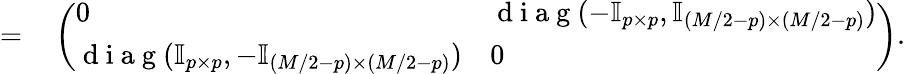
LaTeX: \begin{array}{rl}{=}&{{}\left(\begin{array}{ll}{0}&{\mathrm{~d~i~a~g~}(-\mathbb{I}_{p\times p},\mathbb{I}_{(M/2-p)\times(M/2-p)})}\\ {\mathrm{~d~i~a~g~}(\mathbb{I}_{p\times p},-\mathbb{I}_{(M/2-p)\times(M/2-p)})}&{0}\end{array}\right).}\end{array}